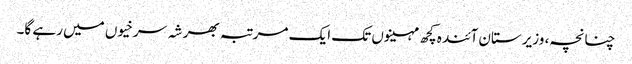
چنانچہ، وزیرستان آئندہ کچھ مہینوں تک ایک مرتبہ بھر شہ سرخیوں میں رہے گا۔